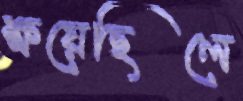
ক্ষয়েছিলে